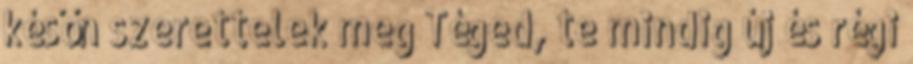
későn szerettelek meg Téged, te mindig új és régi